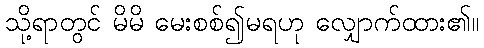
သို့ရာတွင် မိမိ မေးစစ်၍မရဟု လျှောက်ထား၏။